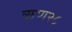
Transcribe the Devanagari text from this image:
ऋण२८